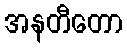
အနတီတော